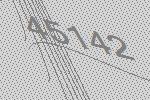
45142